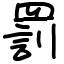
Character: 罰